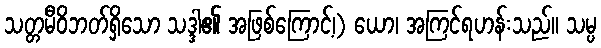
သတ္တမီဝိဘတ်ရှိသော သဒ္ဒါ၏ အဖြစ်ကြောင့်၊) ယော၊ အကြင်ရဟန်းသည်။ သမ္ပ